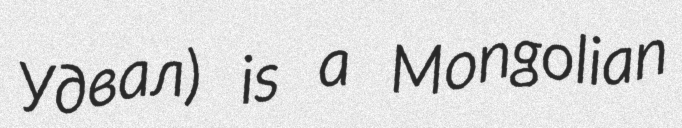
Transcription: Удвал) is a Mongolian